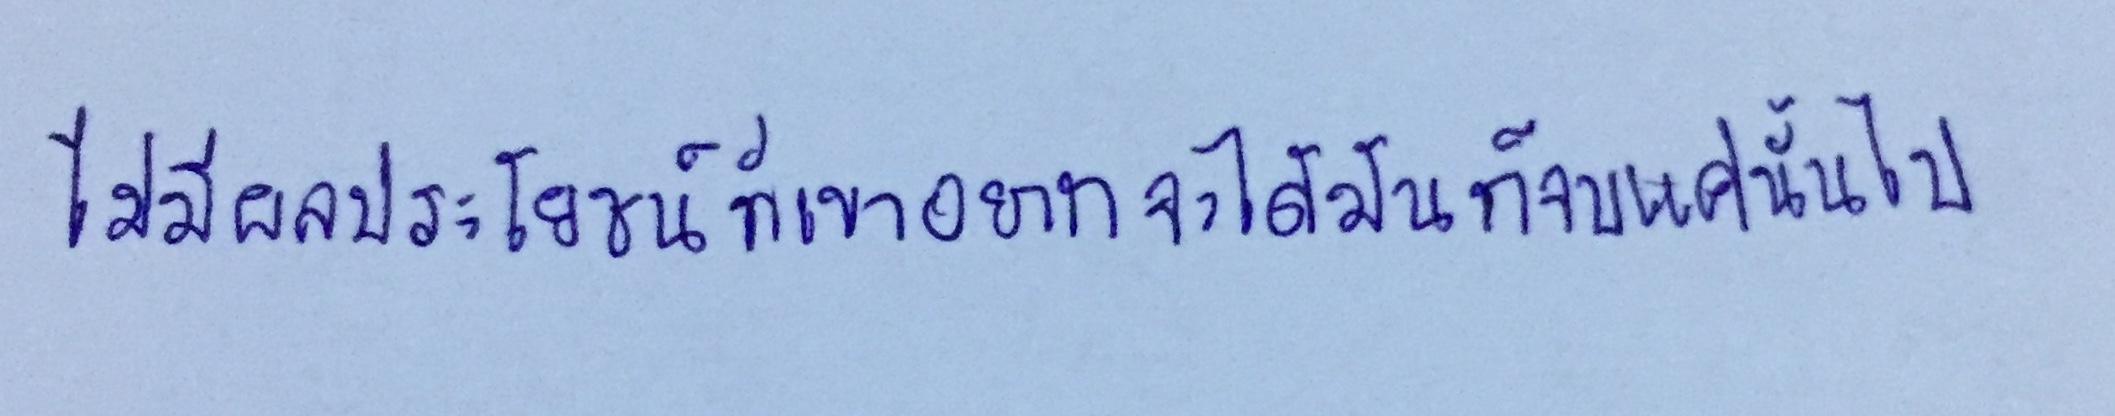
ไม่มีผลประโยชน์ที่เขาอยากจะได้มันก็จบแค่นั้นไป